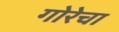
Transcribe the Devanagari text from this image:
गोरेचा